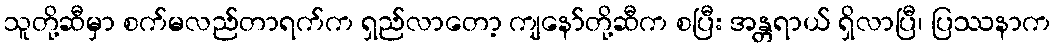
သူတို့ဆီမှာ စက်မလည်တာရက်က ရှည်လာတော့ ကျနော်တို့ဆီက စပြီး အန္တရာယ် ရှိလာပြီ၊ ပြဿနာက